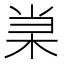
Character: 𰗞